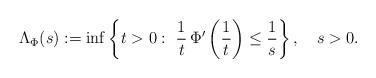
LaTeX: \begin{align*}\Lambda_\Phi(s) := \inf\left\{t > 0 : \ \frac1t\, \Phi'\left(\frac1t\right) \le \frac1s\right\} , \ \ \ s > 0.\end{align*}